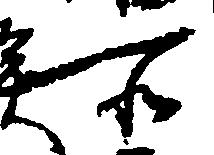
所